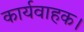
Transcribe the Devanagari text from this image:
कार्यवाहक।